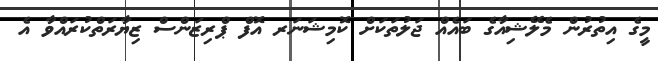
މީގެ އިތުރުން މެލޭޝިއާގެ ބައެއް ޖަލުތަކަށް ކޮމިޝަނަރ އޮފް ޕްރިޒަންސް ޒިޔާރަތްކުރައްވާ އެ